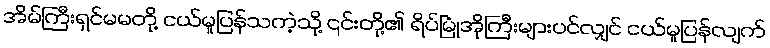
အိမ်ကြီးရှင်မမတို့ ငယ်မူပြန်သကဲ့သို့ ၎င်းတို့၏ ရိပ်မြုံအိုကြီးများပင်လျှင် ငယ်မူပြန်လျက်